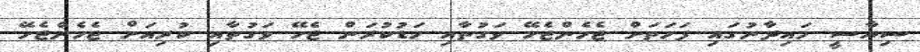
ސިޔާސީ މައިދާނުގައި ފަހަތަށް ޖެހެންޖެހޭ ވަގުތާއި މަޑުކުރަން ޖެހޭ ވަގުތާއި ކުރިއަށް ޖެހެންޖެހޭ